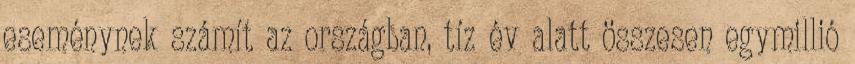
eseménynek számít az országban, tíz év alatt összesen egymillió